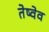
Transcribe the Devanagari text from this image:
तेष्वेव